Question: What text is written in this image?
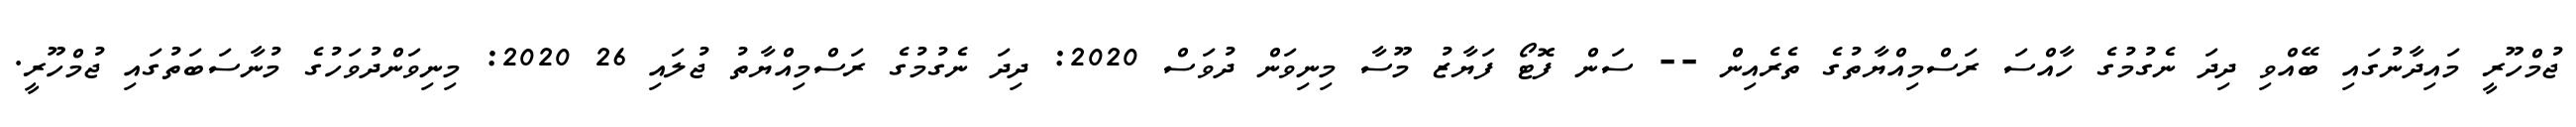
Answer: ޖުމްހޫރީ މައިދާނުގައި ބޭއްވި ދިދަ ނެގުމުގެ ހާއްސަ ރަސްމިއްޔާތުގެ ތެރެއިން -- ސަން ފޮޓޯ ފަޔާޒު މޫސާ މިނިވަން ދުވަސް 2020: ދިދަ ނެގުމުގެ ރަސްމިއްޔާތު ޖުލައި 26 2020: މިނިވަންދުވަހުގެ މުނާސަބަތުގައި ޖުމްހޫރީ.